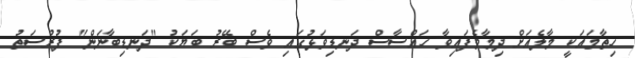
ހިތާމައަކީ މާލެއަށް ދިމާވެފައިވާ ހައްސާސް ދަނޑިވަޅުގައި ވެސް ބޭރު ބަޔަކު "ދަނޑިބާނަން" ފުރުސަތު